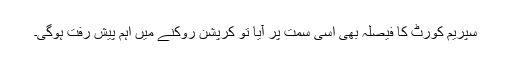
سپریم کورٹ کا فیصلہ بھی اسی سمت پر آیا تو کرپشن روکنے میں اہم پیش رفت ہوگی۔